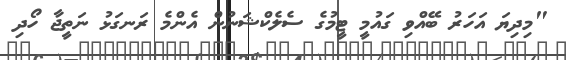
"މިދިޔަ އަހަރު ބޭއްވި ގައުމީ ޓީމުގެ ސެލެކްޝަނުން އެންމެ ރަނގަޅު ނަތީޖާ ހޯދި